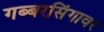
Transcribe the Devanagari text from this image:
गब्बरसिंगावर